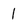
Character: 1